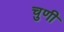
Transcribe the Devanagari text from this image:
चुणी